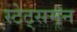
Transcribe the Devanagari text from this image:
स्टेट्समन